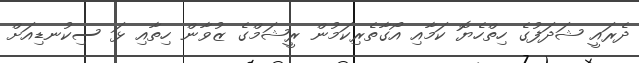
ދެރައީ ޝަދަފުގެ ހިތްހެޔޮ ކަމާއި އޯގާތެރިކަމުން ރީޝަމްގެ ޒުވާން ހިތާއި ޅަ ސިކުނޑިއަށް